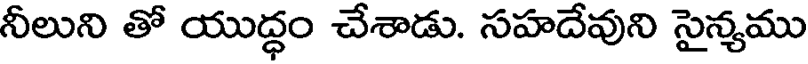
నీలుని తో యుద్ధం చేశాడు. సహదేవుని సైన్యము